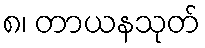
၈၊ တာယနသုတ်